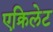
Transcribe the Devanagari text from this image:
एक्रिलेट